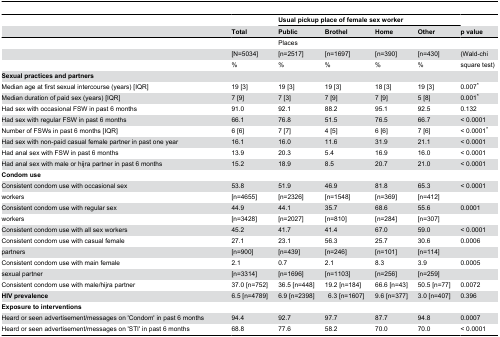
<table><thead><tr><td></td><td></td><td colspan="4"><b>Usual pickup place of female sex worker</b></td><td></td></tr><tr><td></td><td><b>Total</b></td><td><b>Public</b></td><td><b>Brothel</b></td><td><b>Home</b></td><td><b>Other</b></td><td><b>p value</b></td></tr></thead><tbody><tr><td></td><td></td><td>Places</td><td></td><td></td><td></td><td></td></tr><tr><td></td><td>[N=5034]</td><td>[n=2517]</td><td>[n=1697]</td><td>[n=390]</td><td>[n=430]</td><td>(Wald-chi</td></tr><tr><td></td><td>%</td><td>%</td><td>%</td><td>%</td><td>%</td><td>square test)</td></tr><tr><td><b>Sexual practices and partners</b></td><td></td><td></td><td></td><td></td><td></td><td></td></tr><tr><td>Median age at first sexual intercourse (years) [IQR]</td><td>19 [3]</td><td>19 [3]</td><td>19 [3]</td><td>18 [3]</td><td>19 [3]</td><td>0.007*</td></tr><tr><td>Median duration of paid sex (years) [IQR]</td><td>7 [9]</td><td>7 [3]</td><td>7 [9]</td><td>7 [9]</td><td>5 [8]</td><td>0.001*</td></tr><tr><td>Had sex with occasional FSW in past 6 months</td><td>91.0</td><td>92.1</td><td>88.2</td><td>95.1</td><td>92.5</td><td>0.132</td></tr><tr><td>Had sex with regular FSW in past 6 months</td><td>66.1</td><td>76.8</td><td>51.5</td><td>76.5</td><td>66.7</td><td>&lt; 0.0001</td></tr><tr><td>Number of FSWs in past 6 months [IQR]</td><td>6 [6]</td><td>7 [7]</td><td>4 [5]</td><td>6 [6]</td><td>7 [6]</td><td>&lt; 0.0001*</td></tr><tr><td>Had sex with non-paid casual female partner in past one year</td><td>16.1</td><td>16.0</td><td>11.6</td><td>31.9</td><td>21.1</td><td>&lt; 0.0001</td></tr><tr><td>Had anal sex with FSW in past 6 months</td><td>13.9</td><td>20.3</td><td>5.4</td><td>16.9</td><td>16.0</td><td>&lt; 0.0001</td></tr><tr><td>Had anal sex with male or hijra partner in past 6 months</td><td>15.2</td><td>18.9</td><td>8.5</td><td>20.7</td><td>21.0</td><td>&lt; 0.0001</td></tr><tr><td><b>Condom use</b></td><td></td><td></td><td></td><td></td><td></td><td></td></tr><tr><td>Consistent condom use with occasional sex</td><td>53.8</td><td>51.9</td><td>46.9</td><td>81.8</td><td>65.3</td><td>&lt; 0.0001</td></tr><tr><td>workers</td><td>[n=4655]</td><td>[n=2326]</td><td>[n=1548]</td><td>[n=369]</td><td>[n=412]</td><td></td></tr><tr><td>Consistent condom use with regular sex</td><td>44.9</td><td>44.1</td><td>35.7</td><td>68.6</td><td>55.6</td><td>0.0001</td></tr><tr><td>workers</td><td>[n=3428]</td><td>[n=2027]</td><td>[n=810]</td><td>[n=284]</td><td>[n=307]</td><td></td></tr><tr><td>Consistent condom use with all sex workers</td><td>45.2</td><td>41.7</td><td>41.4</td><td>67.0</td><td>59.0</td><td>&lt; 0.0001</td></tr><tr><td>Consistent condom use with casual female</td><td>27.1</td><td>23.1</td><td>56.3</td><td>25.7</td><td>30.6</td><td>0.0006</td></tr><tr><td>partners</td><td>[n=900]</td><td>[n=439]</td><td>[n=246]</td><td>[n=101]</td><td>[n=114]</td><td></td></tr><tr><td>Consistent condom use with main female</td><td>2.1</td><td>0.7</td><td>2.1</td><td>8.3</td><td>3.9</td><td>0.0005</td></tr><tr><td>sexual partner</td><td>[n=3314]</td><td>[n=1696]</td><td>[n=1103]</td><td>[n=256]</td><td>[n=259]</td><td></td></tr><tr><td>Consistent condom use with male/hijra partner</td><td>37.0 [n=752]</td><td>36.5 [n=448]</td><td>19.2 [n=184]</td><td>66.6 [n=43]</td><td>50.5 [n=77]</td><td>0.0072</td></tr><tr><td><b>HIV prevalence</b></td><td>6.5 [n=4789]</td><td>6.9 [n=2398]</td><td> 6.3 [n=1607]</td><td>9.6 [n=377]</td><td>3.0 [n=407]</td><td>0.396</td></tr><tr><td><b>Exposure to interventions</b></td><td></td><td></td><td></td><td></td><td></td><td></td></tr><tr><td>Heard or seen advertisement/messages on &#x27;Condom&#x27; in past 6 months</td><td>94.4</td><td>92.7</td><td>97.7</td><td>87.7</td><td>94.8</td><td>0.0007</td></tr><tr><td>Heard or seen advertisement/messages on &#x27;STI&#x27; in past 6 months</td><td>68.8</td><td>77.6</td><td>58.2</td><td>70.0</td><td>70.0</td><td>&lt; 0.0001</td></tr></tbody></table>